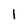
Character: 1